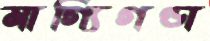
মাগ্যিগণ্ডা